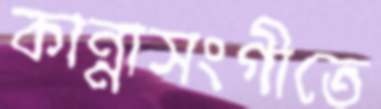
কান্নাসংগীতে